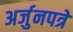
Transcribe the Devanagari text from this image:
अर्जुनपत्रे